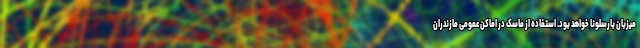
میزبان بارسلونا خواهد بود. استفاده از ماسک در اماکن عمومی مازندران